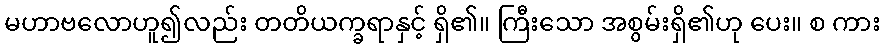
မဟာဗလောဟူ၍လည်း တတိယက္ခရာနှင့် ရှိ၏။ ကြီးသော အစွမ်းရှိ၏ဟု ပေး။ စ ကား